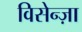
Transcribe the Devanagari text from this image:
विसेन्ज़ा